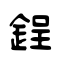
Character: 鋥